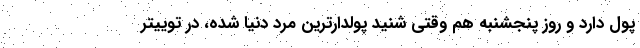
پول دارد و روز پنجشنبه هم وقتی شنید پولدارترین مرد دنیا شده، در توییتر